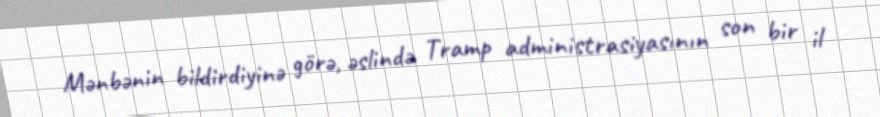
Mənbənin bildirdiyinə görə, əslində Tramp administrasiyasının son bir il